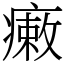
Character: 瘷